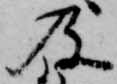
及